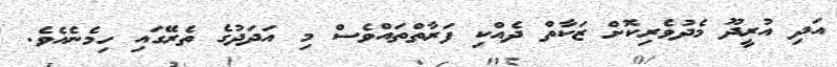
އަދި އުރީދޫ މެދުވެރިކޮށް ޒަކާތް ދެއްކި ފަރާތްތައްވެސް މި އަދަދުގެ ތެރޭގައި ހިމެނެއެވެ.